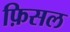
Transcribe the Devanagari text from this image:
फ़िसल